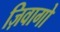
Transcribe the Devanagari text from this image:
ज़िवागो